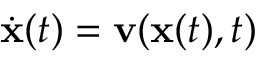
\dot { \mathbf { x } } ( t ) = \mathbf { v } ( \mathbf { x } ( t ) , t )